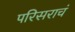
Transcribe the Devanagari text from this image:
परिसराचं